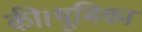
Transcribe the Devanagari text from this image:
की।भूमिका